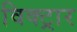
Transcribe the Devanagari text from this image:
विक्ट्रार